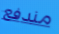
مندفع